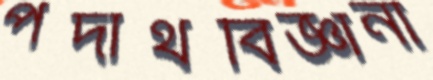
পদার্থবিজ্ঞানী